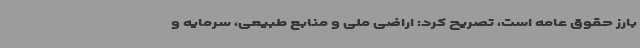
بارز حقوق عامه است، تصریح کرد: اراضی ملی و منابع طبیعی، سرمایه و